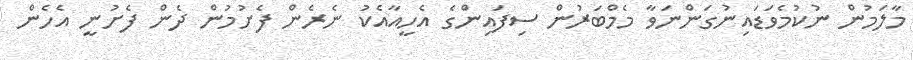
މާލަމުން ނުކުމެވަޑައިނުގަންނަވާ މެމްބަރުން ސިފައިންގެ އެހީއާއެކު ނެރެން ފެށުމުން ދެން ފެށުނީ އެހެން